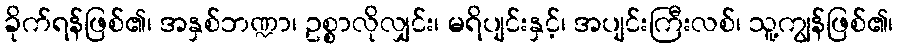
ခိုက်ရန်ဖြစ်၏၊ အနှစ်ဘဏ္ဍာ၊ ဥစ္စာလိုလျှင်း၊ မရိပျင်းနှင့်၊ အပျင်းကြီးလစ်၊ သူ့ကျွန်ဖြစ်၏၊